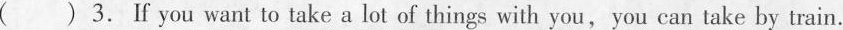
( ) 3.F you want to take a lot of things with you, you can take by train.